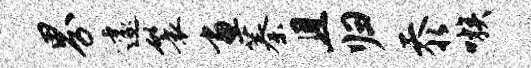
界遽鬟画蓁且归忝嗾